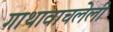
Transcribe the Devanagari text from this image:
गाथावाचलेली